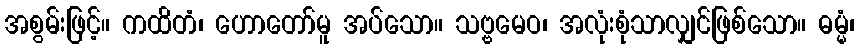
အစွမ်းဖြင့်။ ကထိတံ၊ ဟောတော်မူ အပ်သော။ သဗ္ဗမေဝ၊ အလုံးစုံသာလျှင်ဖြစ်သော။ ဓမ္မံ၊